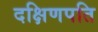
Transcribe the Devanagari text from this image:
दक्षिणपति